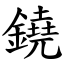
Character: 鐃